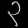
Digit: ၃